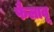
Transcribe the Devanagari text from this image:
फैलावू